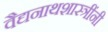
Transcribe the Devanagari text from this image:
वैद्यनाथशास्त्रींनी